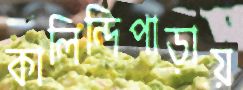
কালিন্দিপাড়ায়